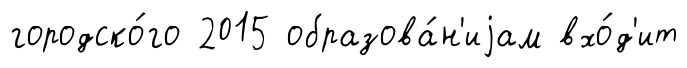
городско́го 2015 образова́н'иjам вхо́д'ит